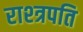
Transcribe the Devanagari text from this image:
राश्त्रपति